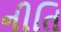
નીતિ